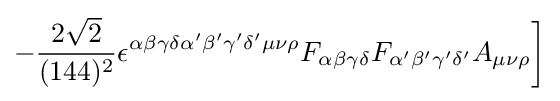
-{\frac {2{\sqrt {2}}}{(144)^{2}}}\epsilon ^{\alpha \beta \gamma \delta \alpha '\beta '\gamma '\delta '\mu \nu \rho }F_{\alpha \beta \gamma \delta }F_{\alpha '\beta '\gamma '\delta '}A_{\mu \nu \rho }{\bigg ]}